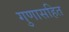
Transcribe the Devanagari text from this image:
गुणासहित